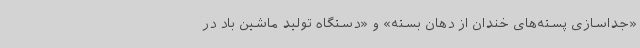
«جداسازی پسته‌های خندان از دهان بسته» و «دستگاه تولید ماشین باد در